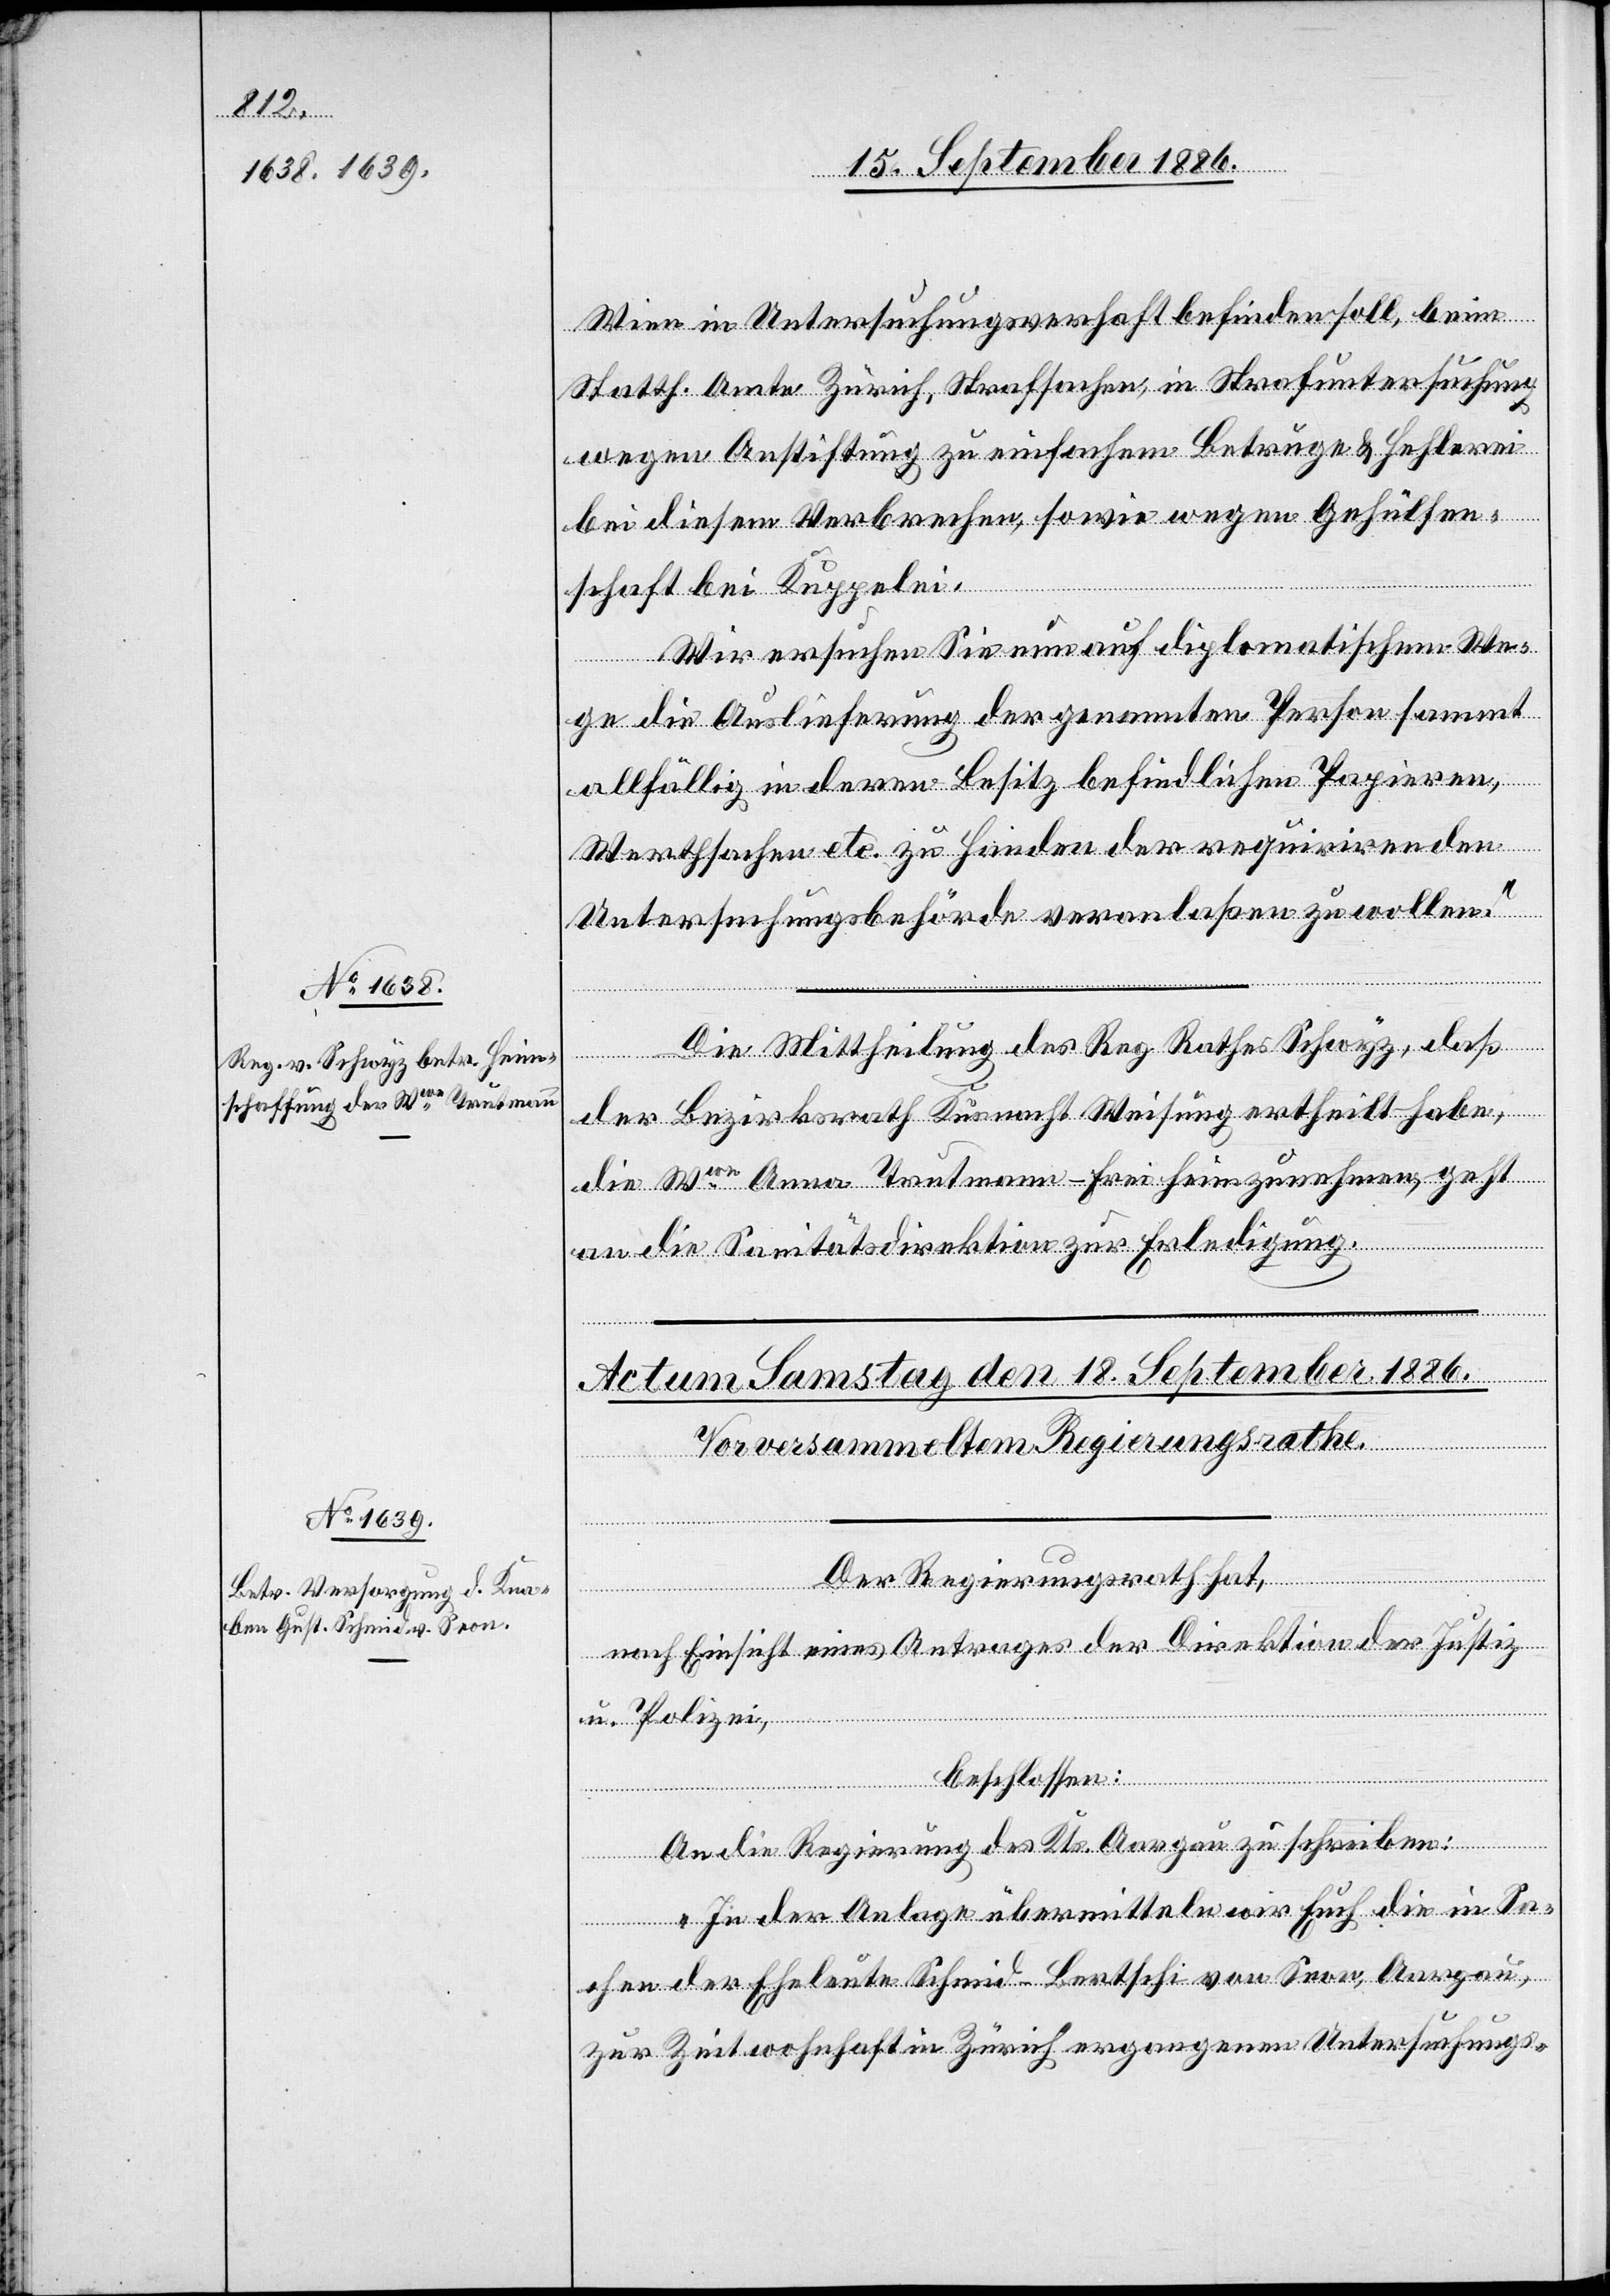
16. September 1886.]
Wien in Untersuchungsverhaft befinden soll, beim
Statth. Amte Zürich, Strafsachen, in Strafuntersuchung
wegen Anstiftung zu einfachem Betruge & Hehlerei
bei diesem Verbrechen, sowie wegen Gehülfen¬
alverfüg¬
schaft bei Kuppelei.
Wir ersuchen Sie nun auf diplomatischem We¬
ge die Auslieferung der genannten Person sammt
allfällig in deren Besitz befindlichen Papieren,
Werthsachen etc. zu Handen der requirirenden
Untersuchungsbehörde veranlaßen zu wollen.“
ungen
Die Mittheilung des Reg. Rathes Schwyz, daß
der Bezirksrath Küsnacht Weisung ertheilt habe,
die Wwe Anna Trutmann-Frei, heimzunehmen, geht
an die Sanitätsdirektion zur Erledigung.
Der Regierungsrath hat,
nach Einsicht eines Antrages der Direktion der Justiz
& Polizei,
beschlossen:
An die Regierung des Kts. Aargau zu schreiben:
„In der Anlage übermitteln wir Euch die in Sa¬
chen der Eheleute Schmid-Bertschi von Seon, Aargau,
zur Zeit wohnhaft in Zürich ergangenen Untersuchungs-